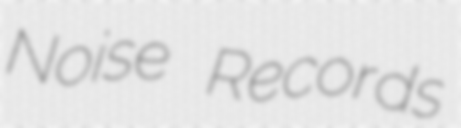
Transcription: Noise Records